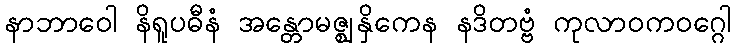
နာဘာဝေါ နိရူပဓီနံ အန္တောမဇ္ဈနှိကေန နဒိတဗ္ဗံ ကုလာဝကဝဂ္ဂေါ